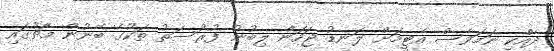
ދެއްކި ނަމަވެސް އެޓީމަށް ލަނޑު ޖަހަން ލިބުނު ފުރުސަތު ތަކުގެ ބޭނުން މެޗުގައި